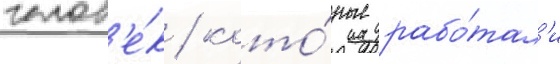
челов'е́к / кото́рые рабо́тал'и